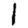
Digit: 1